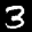
Label: 3